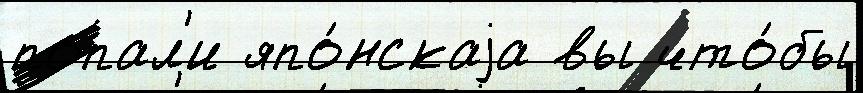
попал'и япо́нскаjа вы что́бы